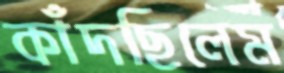
কাঁদছিলেম